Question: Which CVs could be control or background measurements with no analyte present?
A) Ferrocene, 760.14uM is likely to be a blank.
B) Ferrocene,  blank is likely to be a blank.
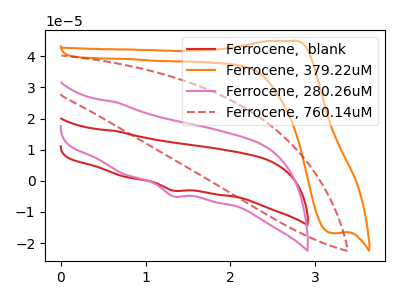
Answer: <think>The red curve "Ferrocene,  blank" has a cathodic peak at: (1.35V, -3.15uA). The orange curve "Ferrocene, 379.22uM" has an anodic peak at (2.70V, 44.85uA) and a cathodic peak at (3.20V, -16.80uA). The pink curve "Ferrocene, 280.26uM" has a cathodic peak at: (1.35V, -4.95uA). The red dashed curve "Ferrocene, 760.14uM" has no peaks.</think>
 <answer>A) "Ferrocene, 760.14uM" is likely to be a blank.</answer>
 <eval>A</eval>